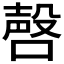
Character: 𪡹